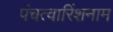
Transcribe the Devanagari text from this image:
पंचत्वारिंशनाम